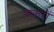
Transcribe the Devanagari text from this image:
बांकुरों